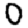
Digit: 0